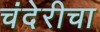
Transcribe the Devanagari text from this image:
चंदेरीचा